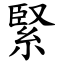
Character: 緊